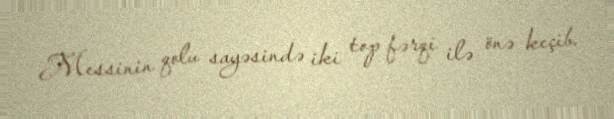
Messinin qolu sayəsində iki top fərqi ilə önə keçib.